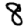
Digit: 8